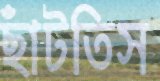
ছাঁটতিস